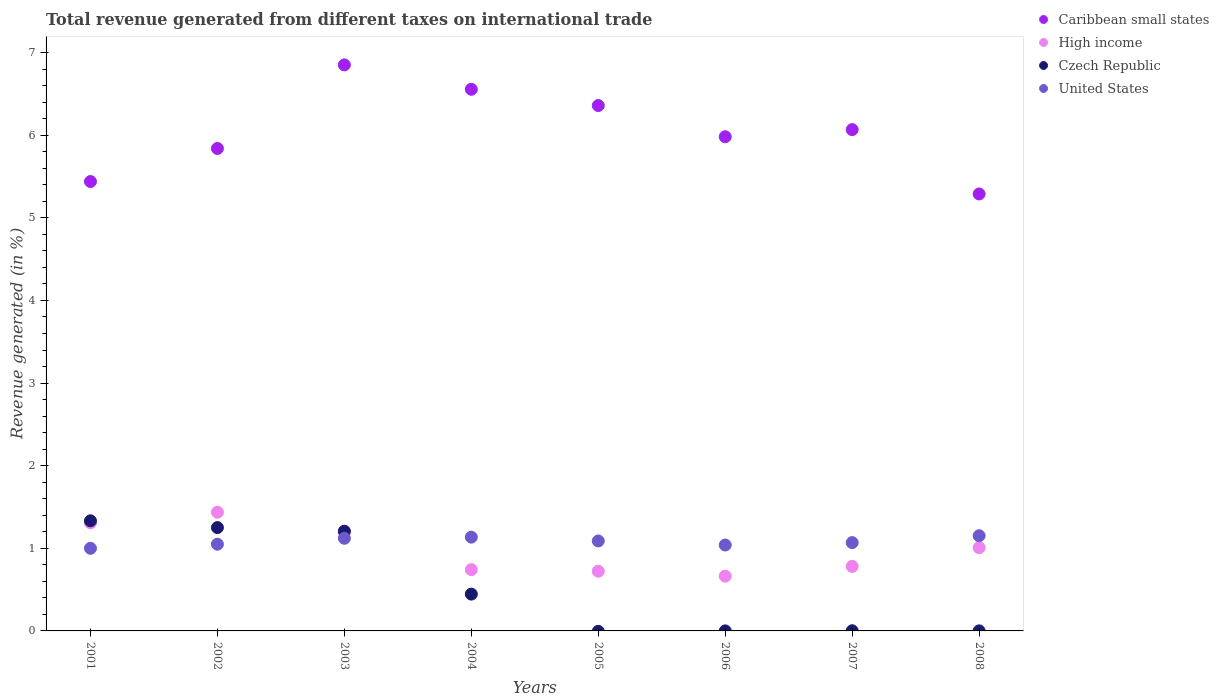
| Years | Caribbean small states | High income | Czech Republic | United States |
 | --- | --- | --- | --- | --- |
 | 2001 | 5.44 | 1.31 | 1.33 | 1 |
 | 2002 | 5.84 | 1.44 | 1.25 | 1.05 |
 | 2003 | 6.85 | 1.19 | 1.21 | 1.12 |
 | 2004 | 6.56 | 0.742 | 0.446 | 1.13 |
 | 2005 | 6.36 | 0.723 | -0.00512 | 1.09 |
 | 2006 | 5.98 | 0.663 | 0.000584 | 1.04 |
 | 2007 | 6.07 | 0.781 | 0.00208 | 1.07 |
 | 2008 | 5.29 | 1.01 | 0.000655 | 1.15 |